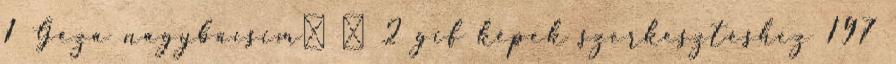
1 Géza nagybácsim♥ ♥ 2 gif képek szerkesztéshez 197